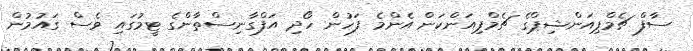
ސާފް ޗެމްޕިއަންޝިޕްގެ ޗެމްޕިއަންކަން އެންމެ ފަހުން ހޯދި އަފްގާނިސްތާންގެ ޓީމުގައި ވެސް ގައުމުން